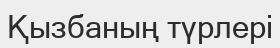
Қызбаның түрлері